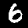
Digit: 6